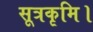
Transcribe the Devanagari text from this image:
सूत्रकृमि।